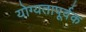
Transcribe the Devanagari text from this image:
योग्‍यतापूर्वक